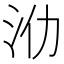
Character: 𣲒